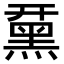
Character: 䵤